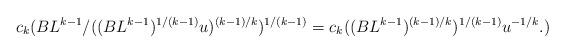
LaTeX: \begin{align*} c_k ( BL^{k-1} / ( (BL^{k-1})^{1/(k-1)} u)^{(k-1)/k} )^{1/(k-1)} = c_k ( (BL^{k-1})^{(k-1)/k} )^{1/(k-1)} u^{-1/k}.) \end{align*}